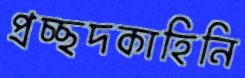
প্রচ্ছদকাহিনি